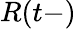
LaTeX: R(t-)